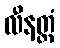
လီနတ္တံ